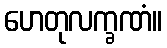
ဟေတုလက္ခဏံ။